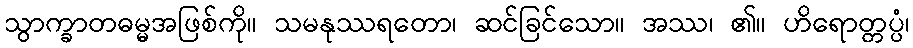
သွာက္ခာတဓမ္မအဖြစ်ကို။ သမနုဿရတော၊ ဆင်ခြင်သော။ အဿ၊ ၏။ ဟိရောတ္တပ္ပံ၊